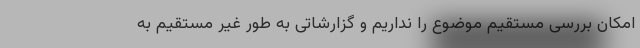
امکان بررسی مستقیم موضوع را نداریم و گزارشاتی به طور غیر مستقیم به